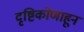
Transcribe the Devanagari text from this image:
दृष्टिकोणाहून